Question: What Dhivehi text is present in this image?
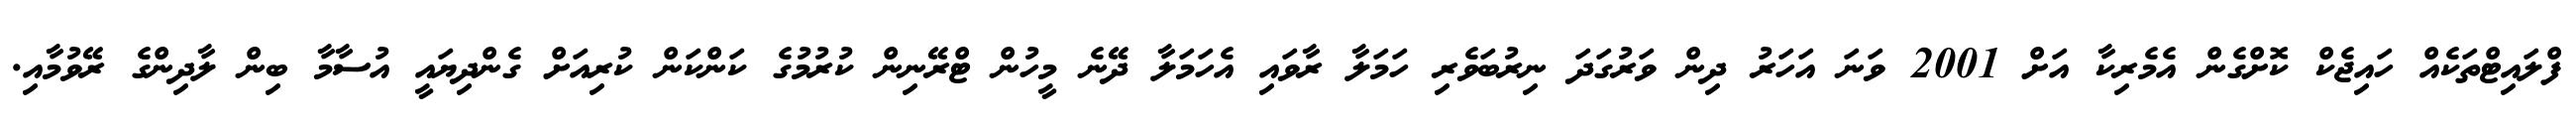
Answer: ފްލައިޓްތަކެއް ހައިޖެކް ކޮށްގެން އެމެރިކާ އަށް 2001 ވަނަ އަހަރު ދިން ވަރުގަދަ ނިރުބަވެރި ހަމަލާ ރާވައި އެހަމަލާ ދޭނެ މީހުން ޓްރޭނިން ކުރުމުގެ ކަންކަން ކުރިއަށް ގެންދިޔައީ އުސާމާ ބިން ލާދިންގެ ރޭވުމާއި.